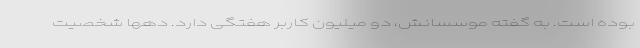
بوده است. به گفته موسسانش، دو میلیون کاربر هفتگی دارد. دهها شخصیت